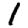
Digit: 1